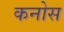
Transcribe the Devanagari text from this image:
कनोस